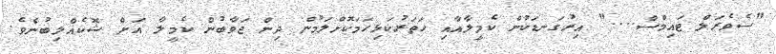
"ސެވެރަލް ޓައިމްސް...." އިރުގަނޑަކުން ކެމީލާއާއި ހަތަރުކަޅިހަމަކޮށްލަމުން ދިން ޖަވާބުން ކެމީލާ އަށް ޝޮކެއްލިބުނެވެ.